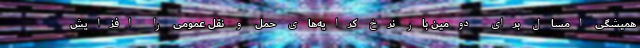
همیشگی امسال برای دومین بار نرخ کرایه‌های حمل و نقل عمومی را افزایش